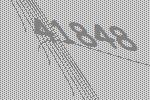
41848